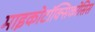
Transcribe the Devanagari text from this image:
माइकोटॉक्सिकोसिस